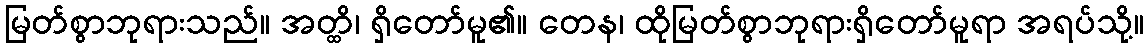
မြတ်စွာဘုရားသည်။ အတ္ထိ၊ ရှိတော်မူ၏။ တေန၊ ထိုမြတ်စွာဘုရားရှိတော်မူရာ အရပ်သို့။